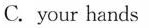
C.your hands